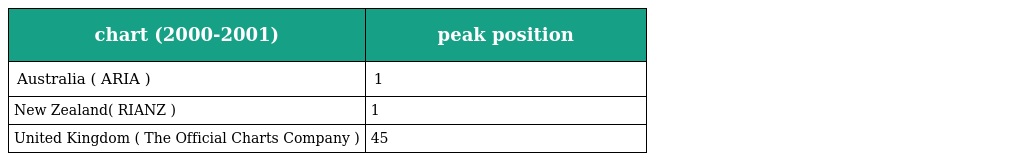
| chart (2000-2001) | peak position |
 | --- | --- |
 | Australia ( ARIA ) | 1 |
 | New Zealand( RIANZ ) | 1 |
 | United Kingdom ( The Official Charts Company ) | 45 |